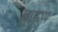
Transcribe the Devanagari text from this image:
ब्राह्नण